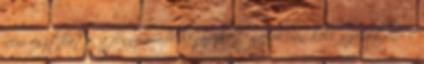
nem osztható, a fennmaradó hónapokat napokban kell számítani, e